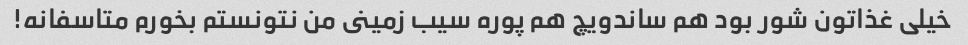
خیلی غذاتون شور بود هم ساندویچ هم پوره سیب زمینى من نتونستم بخورم متاسفانه!